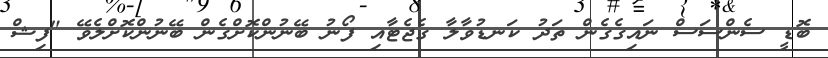
ބޮޑީ ސެންސަސް ނައިގެގެން ތަދު ކަނޑުވާލާ ގެޖެޓާއި ފޯނު ބޭނުންކޮށްގެން ބޭނުންކޮށްލެވޭ "ފިޝް